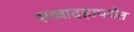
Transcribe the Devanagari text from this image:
सव्वादहापर्यंत